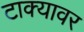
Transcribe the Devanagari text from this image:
टाक्यावर